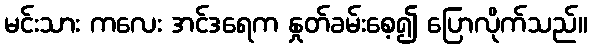
မင်းသား ကလေး အင်ဒရေက နှုတ်ခမ်းစေ့၍ ပြောလိုက်သည်။